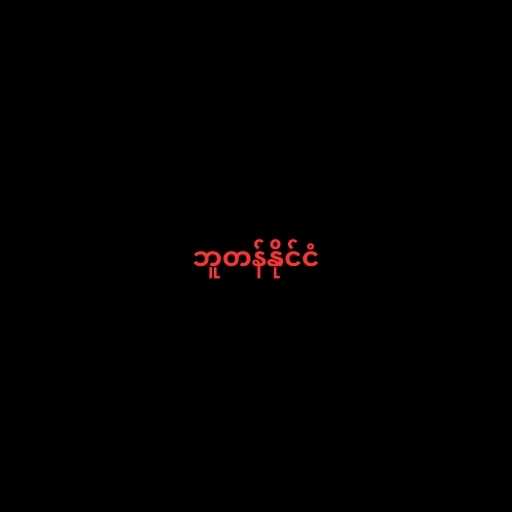
ဘူတန်နိုင်ငံ